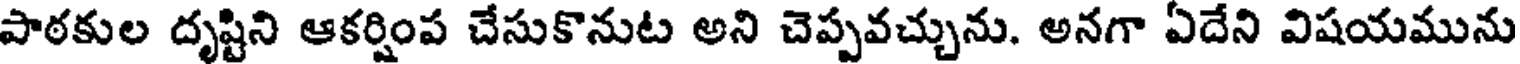
పాఠకుల దృష్టిని ఆకర్షింప చేసుకొనుట అని చెప్పవచ్చును. అనగా ఏదేని విషయమును